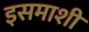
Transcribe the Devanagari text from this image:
इसमाशी